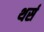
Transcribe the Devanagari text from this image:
थर्स